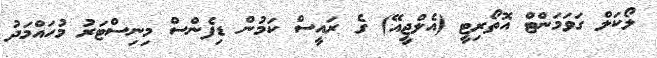
ލޯކަލް ގަވަމަންޓް އޮތޯރިޓީ (އެލްޖީއޭ) ގެ ރައީސް ކަމުން ޑިފެންސް މިނިސްޓަރު މުހައްމަދު